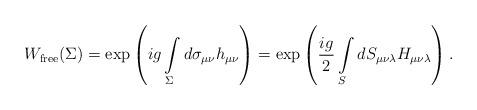
LaTeX: \begin{align*}W_{\rm free}(\Sigma)=\exp\left(ig\int\limits_{\Sigma}^{}d\sigma_{\mu\nu}h_{\mu\nu}\right)=\exp\left(\frac{ig}{2}\int\limits_{S}^{} dS_{\mu\nu\lambda}H_{\mu\nu\lambda}\right).\end{align*}